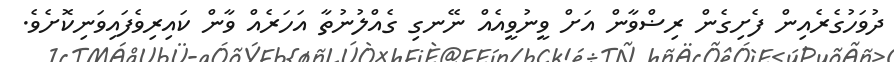
ދުވަހުގެރެއިން ފެށިގެން ރިޟްވާން އަށް ވީނުވީއެއް ނޭނގި ގެއްލުނުތާ އަހަރެއް ވާން ކައިރިވެފައިވަނިކޮށެވެ.